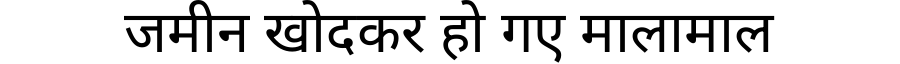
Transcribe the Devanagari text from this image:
जमीन खोदकर हो गए मालामाल